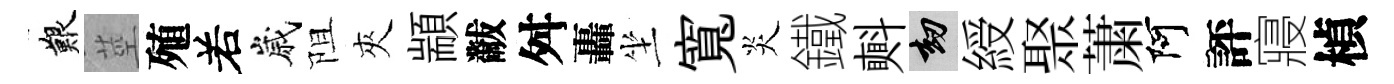
艱莖殖𠰥嵗阻夾顓黻舛轟坐寬炎鐵㪺劫綬聚䔥阿評寢楨